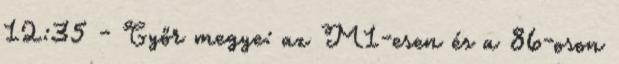
12:35 - Győr megye: az M1-esen és a 86-oson